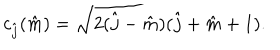
LaTeX: c _ { \hat { j } } ( \hat { m } ) = \sqrt { 2 ( \hat { j } - \hat { m } ) ( \hat { j } + \hat { m } + 1 ) } .